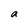
Character: a